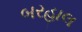
બરહાલ